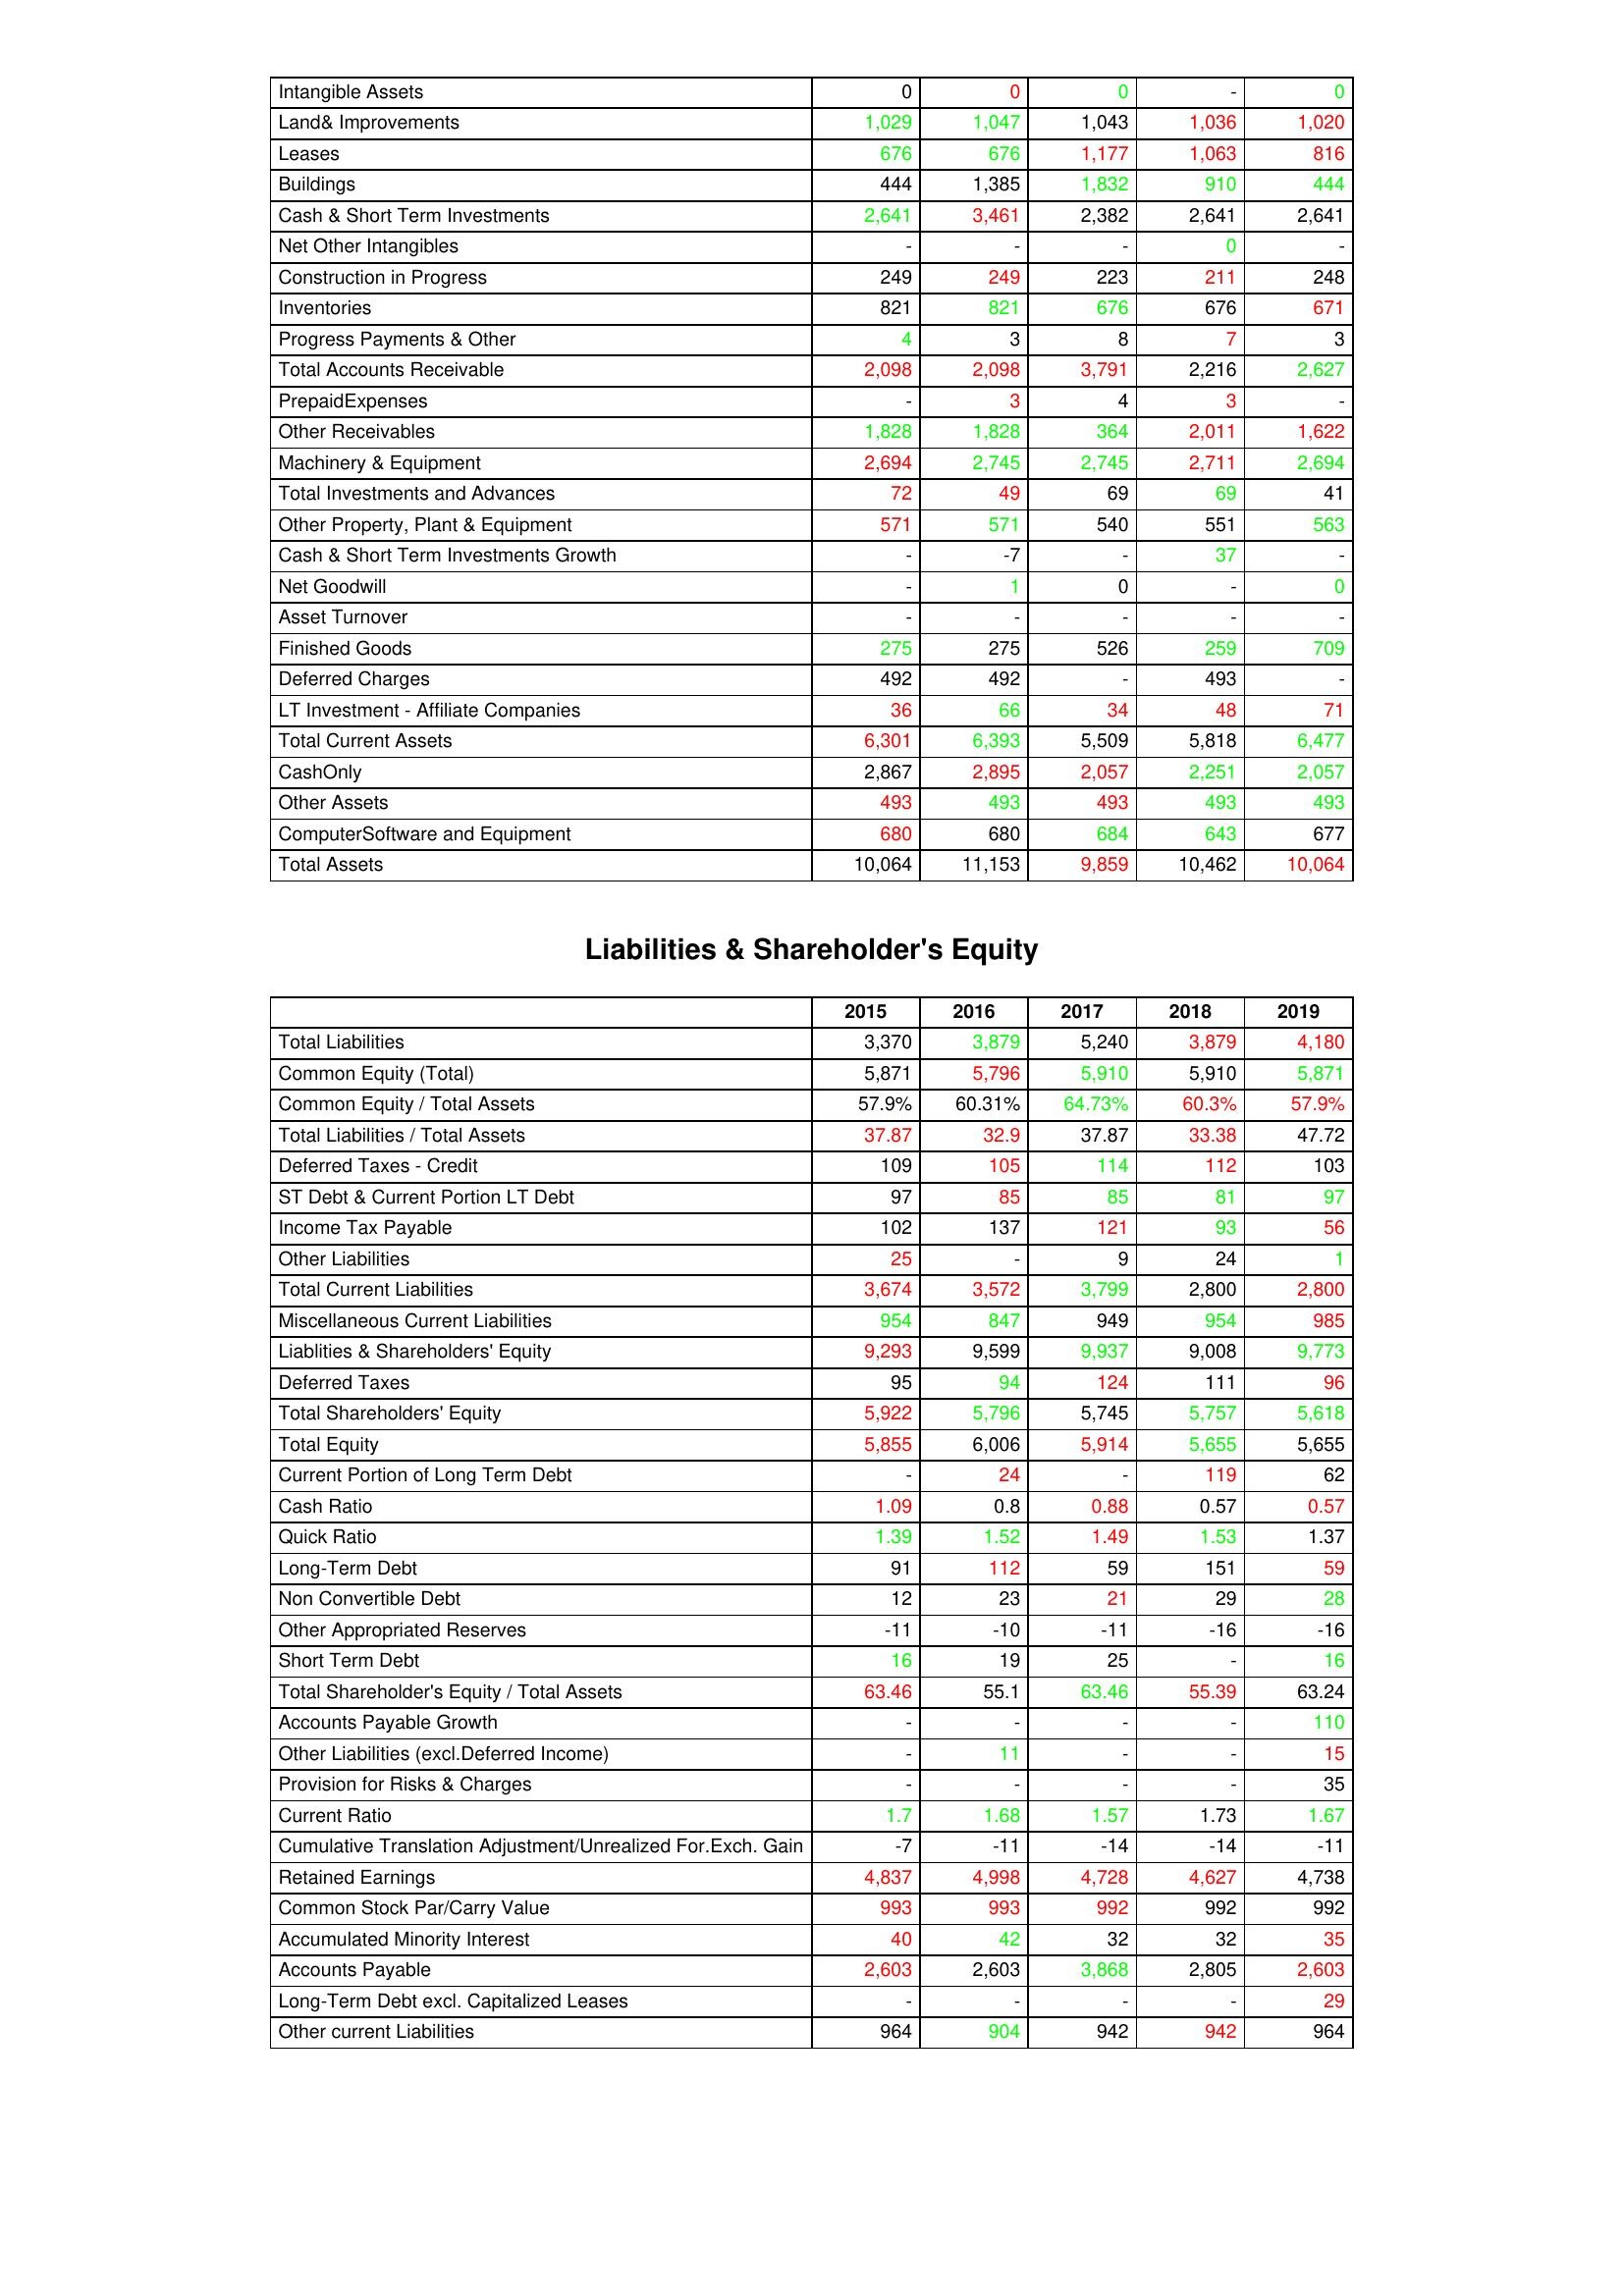
gt_parse: 2015: Assets: Intangible Assets: 0
Land& Improvements: 1,029
Leases: 676
Buildings: 444
Cash & Short Term Investments: 2,641
Net Other Intangibles: -
Construction in Progress: 249
Inventories: 821
Progress Payments & Other: 4
Total Accounts Receivable: 2,098
PrepaidExpenses: -
Other Receivables: 1,828
Machinery & Equipment: 2,694
Total Investments and Advances: 72
Other Property, Plant & Equipment: 571
Cash & Short Term Investments Growth: -
Net Goodwill: -
Asset Turnover: -
Finished Goods: 275
Deferred Charges: 492
LT Investment - Affiliate Companies: 36
Total Current Assets: 6,301
CashOnly: 2,867
Other Assets: 493
ComputerSoftware and Equipment: 680
Total Assets: 10,064
Liabilities & Shareholder's Equity: Total Liabilities: 3,370
Common Equity (Total): 5,871
Common Equity / Total Assets: 57.9%
Total Liabilities / Total Assets: 37.87
Deferred Taxes - Credit: 109
ST Debt & Current Portion LT Debt: 97
Income Tax Payable: 102
Other Liabilities: 25
Total Current Liabilities: 3,674
Miscellaneous Current Liabilities: 954
Liablities & Shareholders' Equity: 9,293
Deferred Taxes: 95
Total Shareholders' Equity: 5,922
Total Equity: 5,855
Current Portion of Long Term Debt: -
Cash Ratio: 1.09
Quick Ratio: 1.39
Long-Term Debt: 91
Non Convertible Debt: 12
Other Appropriated Reserves: -11
Short Term Debt: 16
Total Shareholder's Equity / Total Assets: 63.46
Accounts Payable Growth: -
Other Liabilities (excl.Deferred Income): -
Provision for Risks & Charges: -
Current Ratio: 1.7
Cumulative Translation Adjustment/Unrealized For.Exch. Gain: -7
Retained Earnings: 4,837
Common Stock Par/Carry Value: 993
Accumulated Minority Interest: 40
Accounts Payable: 2,603
Long-Term Debt excl. Capitalized Leases: -
Other current Liabilities: 964
2016: Assets: Intangible Assets: 0
Land& Improvements: 1,047
Leases: 676
Buildings: 1,385
Cash & Short Term Investments: 3,461
Net Other Intangibles: -
Construction in Progress: 249
Inventories: 821
Progress Payments & Other: 3
Total Accounts Receivable: 2,098
PrepaidExpenses: 3
Other Receivables: 1,828
Machinery & Equipment: 2,745
Total Investments and Advances: 49
Other Property, Plant & Equipment: 571
Cash & Short Term Investments Growth: -7
Net Goodwill: 1
Asset Turnover: -
Finished Goods: 275
Deferred Charges: 492
LT Investment - Affiliate Companies: 66
Total Current Assets: 6,393
CashOnly: 2,895
Other Assets: 493
ComputerSoftware and Equipment: 680
Total Assets: 11,153
Liabilities & Shareholder's Equity: Total Liabilities: 3,879
Common Equity (Total): 5,796
Common Equity / Total Assets: 60.31%
Total Liabilities / Total Assets: 32.9
Deferred Taxes - Credit: 105
ST Debt & Current Portion LT Debt: 85
Income Tax Payable: 137
Other Liabilities: -
Total Current Liabilities: 3,572
Miscellaneous Current Liabilities: 847
Liablities & Shareholders' Equity: 9,599
Deferred Taxes: 94
Total Shareholders' Equity: 5,796
Total Equity: 6,006
Current Portion of Long Term Debt: 24
Cash Ratio: 0.8
Quick Ratio: 1.52
Long-Term Debt: 112
Non Convertible Debt: 23
Other Appropriated Reserves: -10
Short Term Debt: 19
Total Shareholder's Equity / Total Assets: 55.1
Accounts Payable Growth: -
Other Liabilities (excl.Deferred Income): 11
Provision for Risks & Charges: -
Current Ratio: 1.68
Cumulative Translation Adjustment/Unrealized For.Exch. Gain: -11
Retained Earnings: 4,998
Common Stock Par/Carry Value: 993
Accumulated Minority Interest: 42
Accounts Payable: 2,603
Long-Term Debt excl. Capitalized Leases: -
Other current Liabilities: 904
2017: Assets: Intangible Assets: 0
Land& Improvements: 1,043
Leases: 1,177
Buildings: 1,832
Cash & Short Term Investments: 2,382
Net Other Intangibles: -
Construction in Progress: 223
Inventories: 676
Progress Payments & Other: 8
Total Accounts Receivable: 3,791
PrepaidExpenses: 4
Other Receivables: 364
Machinery & Equipment: 2,745
Total Investments and Advances: 69
Other Property, Plant & Equipment: 540
Cash & Short Term Investments Growth: -
Net Goodwill: 0
Asset Turnover: -
Finished Goods: 526
Deferred Charges: -
LT Investment - Affiliate Companies: 34
Total Current Assets: 5,509
CashOnly: 2,057
Other Assets: 493
ComputerSoftware and Equipment: 684
Total Assets: 9,859
Liabilities & Shareholder's Equity: Total Liabilities: 5,240
Common Equity (Total): 5,910
Common Equity / Total Assets: 64.73%
Total Liabilities / Total Assets: 37.87
Deferred Taxes - Credit: 114
ST Debt & Current Portion LT Debt: 85
Income Tax Payable: 121
Other Liabilities: 9
Total Current Liabilities: 3,799
Miscellaneous Current Liabilities: 949
Liablities & Shareholders' Equity: 9,937
Deferred Taxes: 124
Total Shareholders' Equity: 5,745
Total Equity: 5,914
Current Portion of Long Term Debt: -
Cash Ratio: 0.88
Quick Ratio: 1.49
Long-Term Debt: 59
Non Convertible Debt: 21
Other Appropriated Reserves: -11
Short Term Debt: 25
Total Shareholder's Equity / Total Assets: 63.46
Accounts Payable Growth: -
Other Liabilities (excl.Deferred Income): -
Provision for Risks & Charges: -
Current Ratio: 1.57
Cumulative Translation Adjustment/Unrealized For.Exch. Gain: -14
Retained Earnings: 4,728
Common Stock Par/Carry Value: 992
Accumulated Minority Interest: 32
Accounts Payable: 3,868
Long-Term Debt excl. Capitalized Leases: -
Other current Liabilities: 942
2018: Assets: Intangible Assets: -
Land& Improvements: 1,036
Leases: 1,063
Buildings: 910
Cash & Short Term Investments: 2,641
Net Other Intangibles: 0
Construction in Progress: 211
Inventories: 676
Progress Payments & Other: 7
Total Accounts Receivable: 2,216
PrepaidExpenses: 3
Other Receivables: 2,011
Machinery & Equipment: 2,711
Total Investments and Advances: 69
Other Property, Plant & Equipment: 551
Cash & Short Term Investments Growth: 37
Net Goodwill: -
Asset Turnover: -
Finished Goods: 259
Deferred Charges: 493
LT Investment - Affiliate Companies: 48
Total Current Assets: 5,818
CashOnly: 2,251
Other Assets: 493
ComputerSoftware and Equipment: 643
Total Assets: 10,462
Liabilities & Shareholder's Equity: Total Liabilities: 3,879
Common Equity (Total): 5,910
Common Equity / Total Assets: 60.3%
Total Liabilities / Total Assets: 33.38
Deferred Taxes - Credit: 112
ST Debt & Current Portion LT Debt: 81
Income Tax Payable: 93
Other Liabilities: 24
Total Current Liabilities: 2,800
Miscellaneous Current Liabilities: 954
Liablities & Shareholders' Equity: 9,008
Deferred Taxes: 111
Total Shareholders' Equity: 5,757
Total Equity: 5,655
Current Portion of Long Term Debt: 119
Cash Ratio: 0.57
Quick Ratio: 1.53
Long-Term Debt: 151
Non Convertible Debt: 29
Other Appropriated Reserves: -16
Short Term Debt: -
Total Shareholder's Equity / Total Assets: 55.39
Accounts Payable Growth: -
Other Liabilities (excl.Deferred Income): -
Provision for Risks & Charges: -
Current Ratio: 1.73
Cumulative Translation Adjustment/Unrealized For.Exch. Gain: -14
Retained Earnings: 4,627
Common Stock Par/Carry Value: 992
Accumulated Minority Interest: 32
Accounts Payable: 2,805
Long-Term Debt excl. Capitalized Leases: -
Other current Liabilities: 942
2019: Assets: Intangible Assets: 0
Land& Improvements: 1,020
Leases: 816
Buildings: 444
Cash & Short Term Investments: 2,641
Net Other Intangibles: -
Construction in Progress: 248
Inventories: 671
Progress Payments & Other: 3
Total Accounts Receivable: 2,627
PrepaidExpenses: -
Other Receivables: 1,622
Machinery & Equipment: 2,694
Total Investments and Advances: 41
Other Property, Plant & Equipment: 563
Cash & Short Term Investments Growth: -
Net Goodwill: 0
Asset Turnover: -
Finished Goods: 709
Deferred Charges: -
LT Investment - Affiliate Companies: 71
Total Current Assets: 6,477
CashOnly: 2,057
Other Assets: 493
ComputerSoftware and Equipment: 677
Total Assets: 10,064
Liabilities & Shareholder's Equity: Total Liabilities: 4,180
Common Equity (Total): 5,871
Common Equity / Total Assets: 57.9%
Total Liabilities / Total Assets: 47.72
Deferred Taxes - Credit: 103
ST Debt & Current Portion LT Debt: 97
Income Tax Payable: 56
Other Liabilities: 1
Total Current Liabilities: 2,800
Miscellaneous Current Liabilities: 985
Liablities & Shareholders' Equity: 9,773
Deferred Taxes: 96
Total Shareholders' Equity: 5,618
Total Equity: 5,655
Current Portion of Long Term Debt: 62
Cash Ratio: 0.57
Quick Ratio: 1.37
Long-Term Debt: 59
Non Convertible Debt: 28
Other Appropriated Reserves: -16
Short Term Debt: 16
Total Shareholder's Equity / Total Assets: 63.24
Accounts Payable Growth: 110
Other Liabilities (excl.Deferred Income): 15
Provision for Risks & Charges: 35
Current Ratio: 1.67
Cumulative Translation Adjustment/Unrealized For.Exch. Gain: -11
Retained Earnings: 4,738
Common Stock Par/Carry Value: 992
Accumulated Minority Interest: 35
Accounts Payable: 2,603
Long-Term Debt excl. Capitalized Leases: 29
Other current Liabilities: 964